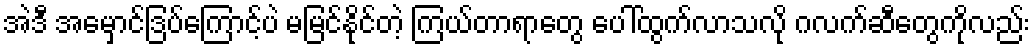
အဲဒီ အမှောင်ဒြပ်ကြောင့်ပဲ မမြင်နိုင်တဲ့ ကြယ်တာရာတွေ ပေါ်ထွက်လာသလို ဂလက်ဆီတွေကိုလည်း